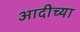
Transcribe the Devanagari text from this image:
आदीच्या